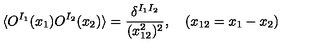
\langle O ^ { I _ { 1 } } ( x _ { 1 } ) O ^ { I _ { 2 } } ( x _ { 2 } ) \rangle = \frac { \delta ^ { I _ { 1 } I _ { 2 } } } { ( x _ { 1 2 } ^ { 2 } ) ^ { 2 } } , \quad ( x _ { 1 2 } = x _ { 1 } - x _ { 2 } )